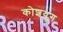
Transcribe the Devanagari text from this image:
कोशयुग